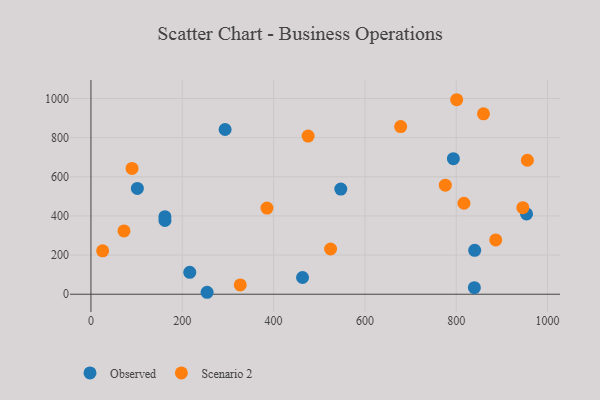
{"axis": {"x": "Speed", "y": "Yield"}, "legend": ["Observed", "Scenario 2"], "data": [{"x": "793.7", "y": 692.3, "type": "Observed"}, {"x": "839.7", "y": 33.4, "type": "Observed"}, {"x": "162.1", "y": 377.0, "type": "Observed"}, {"x": "954.0", "y": 410.3, "type": "Observed"}, {"x": "840.4", "y": 224.3, "type": "Observed"}, {"x": "463.4", "y": 85.5, "type": "Observed"}, {"x": "101.7", "y": 540.6, "type": "Observed"}, {"x": "254.4", "y": 10.0, "type": "Observed"}, {"x": "547.2", "y": 537.2, "type": "Observed"}, {"x": "216.4", "y": 111.8, "type": "Observed"}, {"x": "162.0", "y": 396.3, "type": "Observed"}, {"x": "293.8", "y": 841.6, "type": "Observed"}, {"x": "816.9", "y": 464.9, "type": "Scenario 2"}, {"x": "90.0", "y": 642.8, "type": "Scenario 2"}, {"x": "25.6", "y": 221.7, "type": "Scenario 2"}, {"x": "886.5", "y": 277.5, "type": "Scenario 2"}, {"x": "859.7", "y": 921.6, "type": "Scenario 2"}, {"x": "475.6", "y": 808.1, "type": "Scenario 2"}, {"x": "385.5", "y": 440.4, "type": "Scenario 2"}, {"x": "955.8", "y": 684.4, "type": "Scenario 2"}, {"x": "801.0", "y": 993.7, "type": "Scenario 2"}, {"x": "327.0", "y": 47.3, "type": "Scenario 2"}, {"x": "72.4", "y": 323.5, "type": "Scenario 2"}, {"x": "678.3", "y": 856.6, "type": "Scenario 2"}, {"x": "524.8", "y": 231.2, "type": "Scenario 2"}, {"x": "945.9", "y": 442.3, "type": "Scenario 2"}, {"x": "776.1", "y": 557.0, "type": "Scenario 2"}]}